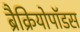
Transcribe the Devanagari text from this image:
ब्रैक्रियोपॉडस